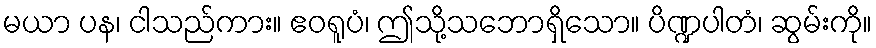
မယာ ပန၊ ငါသည်ကား။ ဧဝရူပံ၊ ဤသို့သဘောရှိသော။ ပိဏ္ဍပါတံ၊ ဆွမ်းကို။